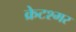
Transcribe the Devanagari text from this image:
क्रेटश्मर